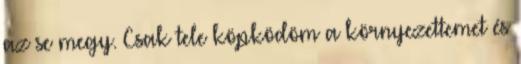
az se megy. Csak tele köpködöm a környezettemet és